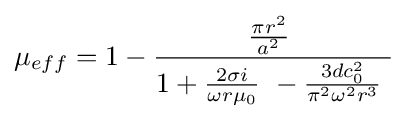
\mu _{eff}=1-{\frac {{\frac {\pi r^{2}}{a^{2}}}\ }{1+{\frac {2\sigma i}{\omega r\mu _{0}}}\ -{\frac {3dc_{0}^{2}}{\pi ^{2}\omega ^{2}r^{3}}}\ }}\